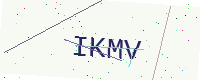
Text: IKMV